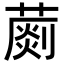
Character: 𦺶